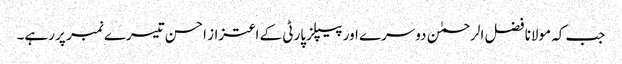
جب کہ مولانا فضل الرحمٰن دوسرے اور پیپلز پارٹی کے اعتزاز احسن تیسرے نمبر پر رہے۔